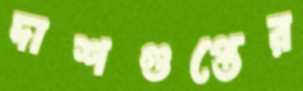
দাশগুপ্তের